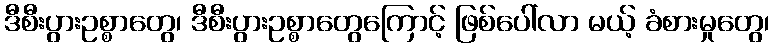
ဒီစီးပွားဥစ္စာတွေ၊ ဒီစီးပွားဥစ္စာတွေကြောင့် ဖြစ်ပေါ်လာ မယ့် ခံစားမှုတွေ၊